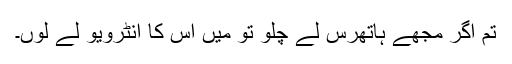
تم اگر مجھے ہاتھرس لے چلو تو میں اس کا انٹرویو لے لوں۔